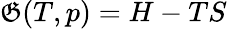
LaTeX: \mathfrak{G}(T,p)=H-TS